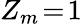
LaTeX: Z_{m}\! =\! 1